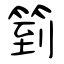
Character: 箌